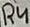
Text: R4